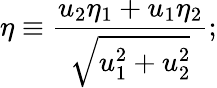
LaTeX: \eta\equiv{\frac{u_{2}\eta_{1}+u_{1}\eta_{2}}{\sqrt{u_{1}^{2}+u_{2}^{2}}}};